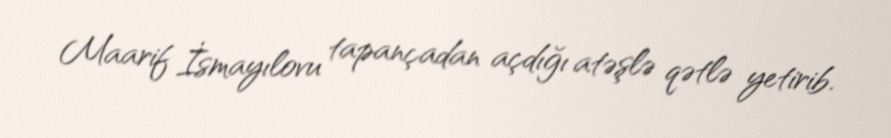
Maarif İsmayılovu tapançadan açdığı atəşlə qətlə yetirib.